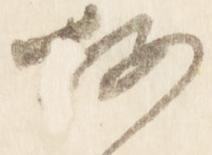
按